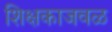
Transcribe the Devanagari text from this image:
शिक्षकाजवळ